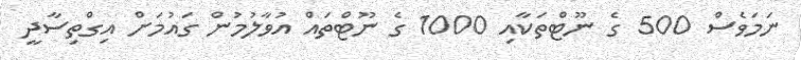
ނަމަވެސް 500 ގެ ނޫޓްތަކާއި 1000 ގެ ނޫޓްތައް އުވާލުމުން ގައުމަށް އިގްތިސާދީ